画像に写った文字を読んでください
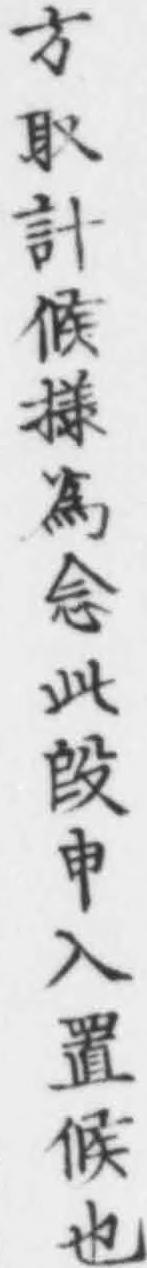
「方取計候様爲念叫段申入置候也」と書いてあります